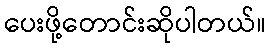
ပေးဖို့တောင်းဆိုပါတယ်။